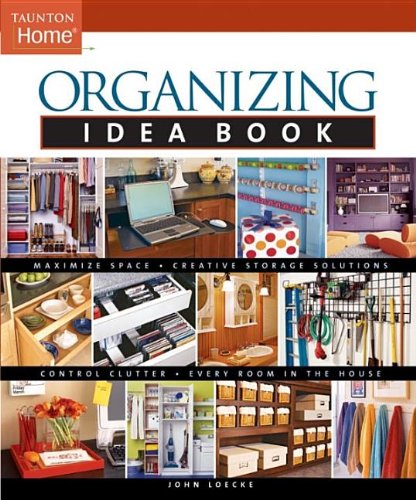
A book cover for Organizing Idea Book (Taunton Home Idea Books); John Loecke; Crafts, Hobbies & Home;